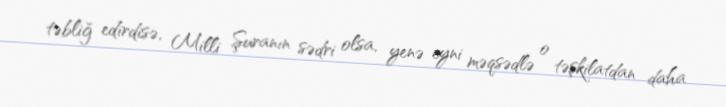
təbliğ edirdisə, Milli Şuranın sədri olsa, yenə eyni məqsədlə o təşkilatdan daha